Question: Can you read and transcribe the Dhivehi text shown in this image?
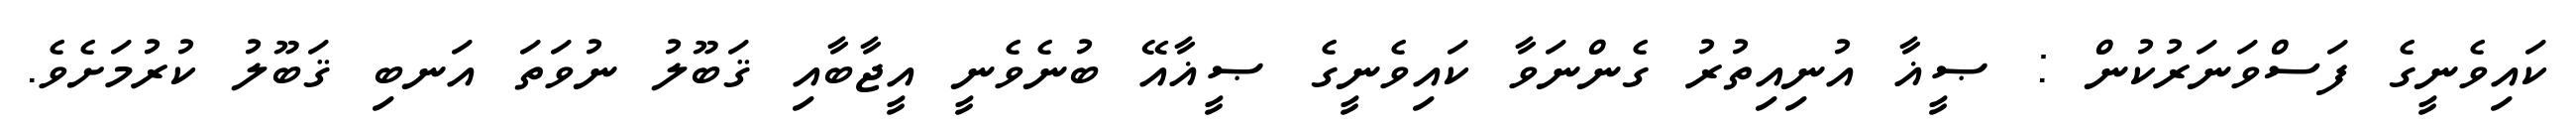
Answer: ކައިވެނީގެ ފަސްވަނަރުކުން : ޞީޣާ އުނިއިތުރު ގެންނަވާ ކައިވެނީގެ ޞީޣާއޭ ބުނެވެނީ އީޖާބާއި ޤަބޫލު ނުވަތަ އަނބި ޤަބޫލު ކުރުމަށެވެ.